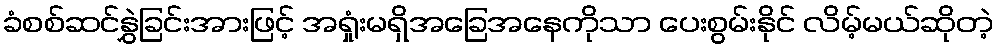
ခံစစ်ဆင်နွှဲခြင်းအားဖြင့် အရှုံးမရှိအခြေအနေကိုသာ ပေးစွမ်းနိုင် လိမ့်မယ်ဆိုတဲ့